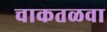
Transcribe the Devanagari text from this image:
चाकतळवा